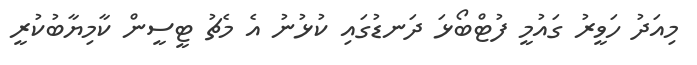
މިއަދު ހަވީރު ގައުމީ ފުޓްބޯޅަ ދަނޑުގައި ކުޅުނު އެ މެޗު ޓީސީން ކާމިޔާބުކުރީ